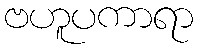
ဗဟူပကာရာ